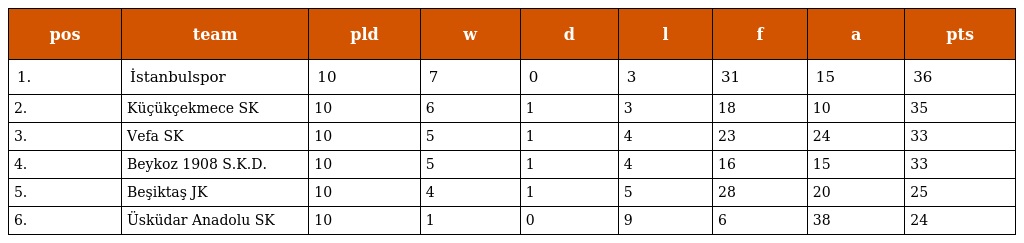
| pos | team | pld | w | d | l | f | a | pts |
 | --- | --- | --- | --- | --- | --- | --- | --- | --- |
 | 1. | İstanbulspor | 10 | 7 | 0 | 3 | 31 | 15 | 36 |
 | 2. | Küçükçekmece SK | 10 | 6 | 1 | 3 | 18 | 10 | 35 |
 | 3. | Vefa SK | 10 | 5 | 1 | 4 | 23 | 24 | 33 |
 | 4. | Beykoz 1908 S.K.D. | 10 | 5 | 1 | 4 | 16 | 15 | 33 |
 | 5. | Beşiktaş JK | 10 | 4 | 1 | 5 | 28 | 20 | 25 |
 | 6. | Üsküdar Anadolu SK | 10 | 1 | 0 | 9 | 6 | 38 | 24 |